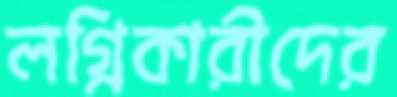
লগ্নিকারীদের